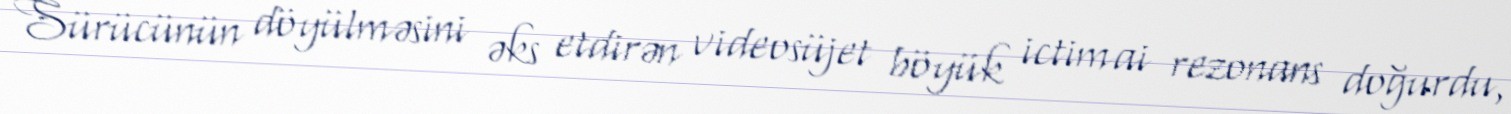
Sürücünün döyülməsini əks etdirən videosüjet böyük ictimai rezonans doğurdu,